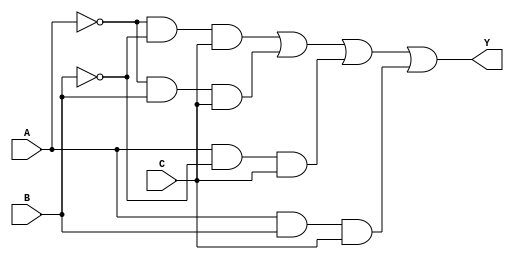
module sop_simplification (
    input wire A, // Input A
    input wire B, // Input B
    input wire C, // Input C
    output wire Y // Output Y
);

// Internal signals for the product terms
wire term1; // A'B'C
wire term2; // A'BC
wire term3; // AB'C
wire term4; // ABC

// Define the product terms based on minterms
assign term1 = ~A & ~B & C; // Minterm 1 (A'B'C)
assign term2 = ~A & B & C;  // Minterm 3 (A'BC)
assign term3 = A & ~B & C;  // Minterm 5 (AB'C)
assign term4 = A & B & C;   // Minterm 7 (ABC)

// Combine the product terms using OR to form the final output Y
assign Y = term1 | term2 | term3 | term4;

endmodule